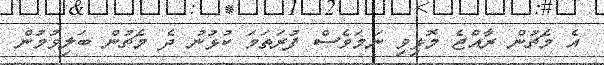
އެ މެޗުން ރާއްޖެ މޮޅިވި ނަމަވެސް ފުރަތަމަ ކުޅުނު ދެ މެޗުން ބަލިވުމުން